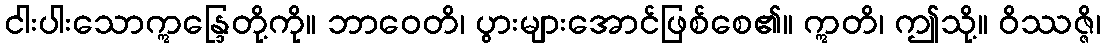
ငါးပါးသောဣန္ဒြေတို့ကို။ ဘာဝေတိ၊ ပွားများအောင်ဖြစ်စေ၏။ ဣတိ၊ ဤသို့။ ဝိဿဇ္ဇိ၊